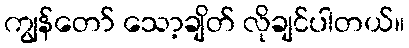
ကျွန်တော် သော့ချိတ် လိုချင်ပါတယ်။